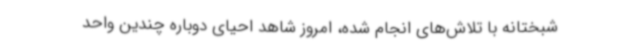
شبختانه با تلاش‌های انجام شده، امروز شاهد احیای دوباره چندین واحد